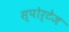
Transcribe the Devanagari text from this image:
स्पोर्टेज